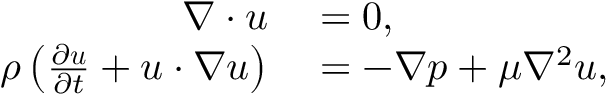
\begin{array} { r l } { \nabla \cdot \boldsymbol { u } } & { { } = 0 , } \\ { \rho \left( \frac { \partial \boldsymbol { u } } { \partial t } + \boldsymbol { u } \cdot \nabla \boldsymbol { u } \right) } & { { } = - \nabla p + \mu \nabla ^ { 2 } \boldsymbol { u } , } \end{array}